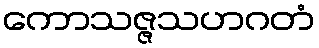
ကောသဇ္ဇသဟဂတံ